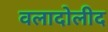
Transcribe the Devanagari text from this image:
वलादोलीद